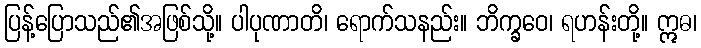
ပြန့်ပြောသည်၏အဖြစ်သို့။ ပါပုဏာတိ၊ ရောက်သနည်း။ ဘိက္ခဝေ၊ ရဟန်းတို့။ ဣဓ၊